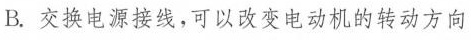
B.交换电源接线，可以改变电动机的转动方向